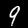
Digit: 9